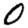
Digit: 0